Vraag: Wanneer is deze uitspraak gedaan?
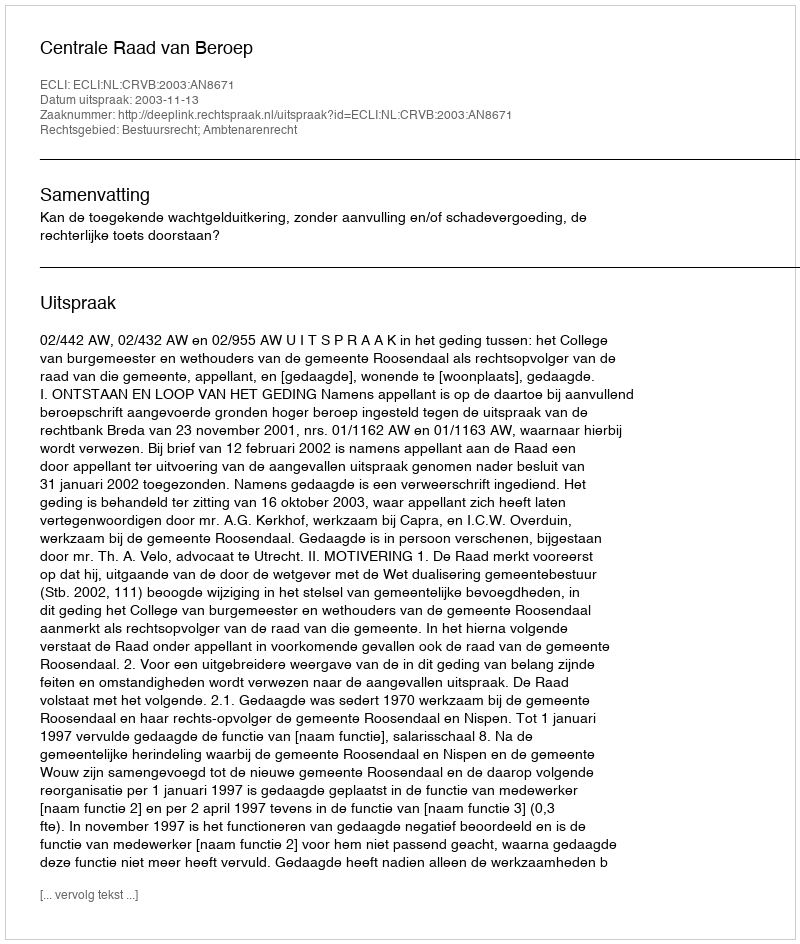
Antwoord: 2003-11-13